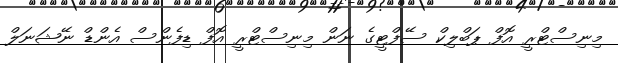
މިނިސްޓްރީ އޮފް ޕަބްލިކް ސޭފްޓީގެ ނަން މިނިސްޓްރީ އޮފް ޑިފެންސް އެންޑް ނޭޝަނަލް